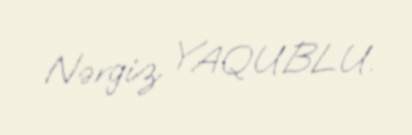
Nərgiz YAQUBLU.